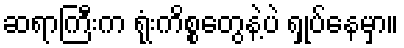
ဆရာကြီးက ရုံးကိစ္စတွေနဲ့ပဲ ရှုပ်နေမှာ။